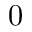
0